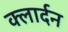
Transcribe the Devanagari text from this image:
क्लार्दन